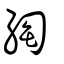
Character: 綯